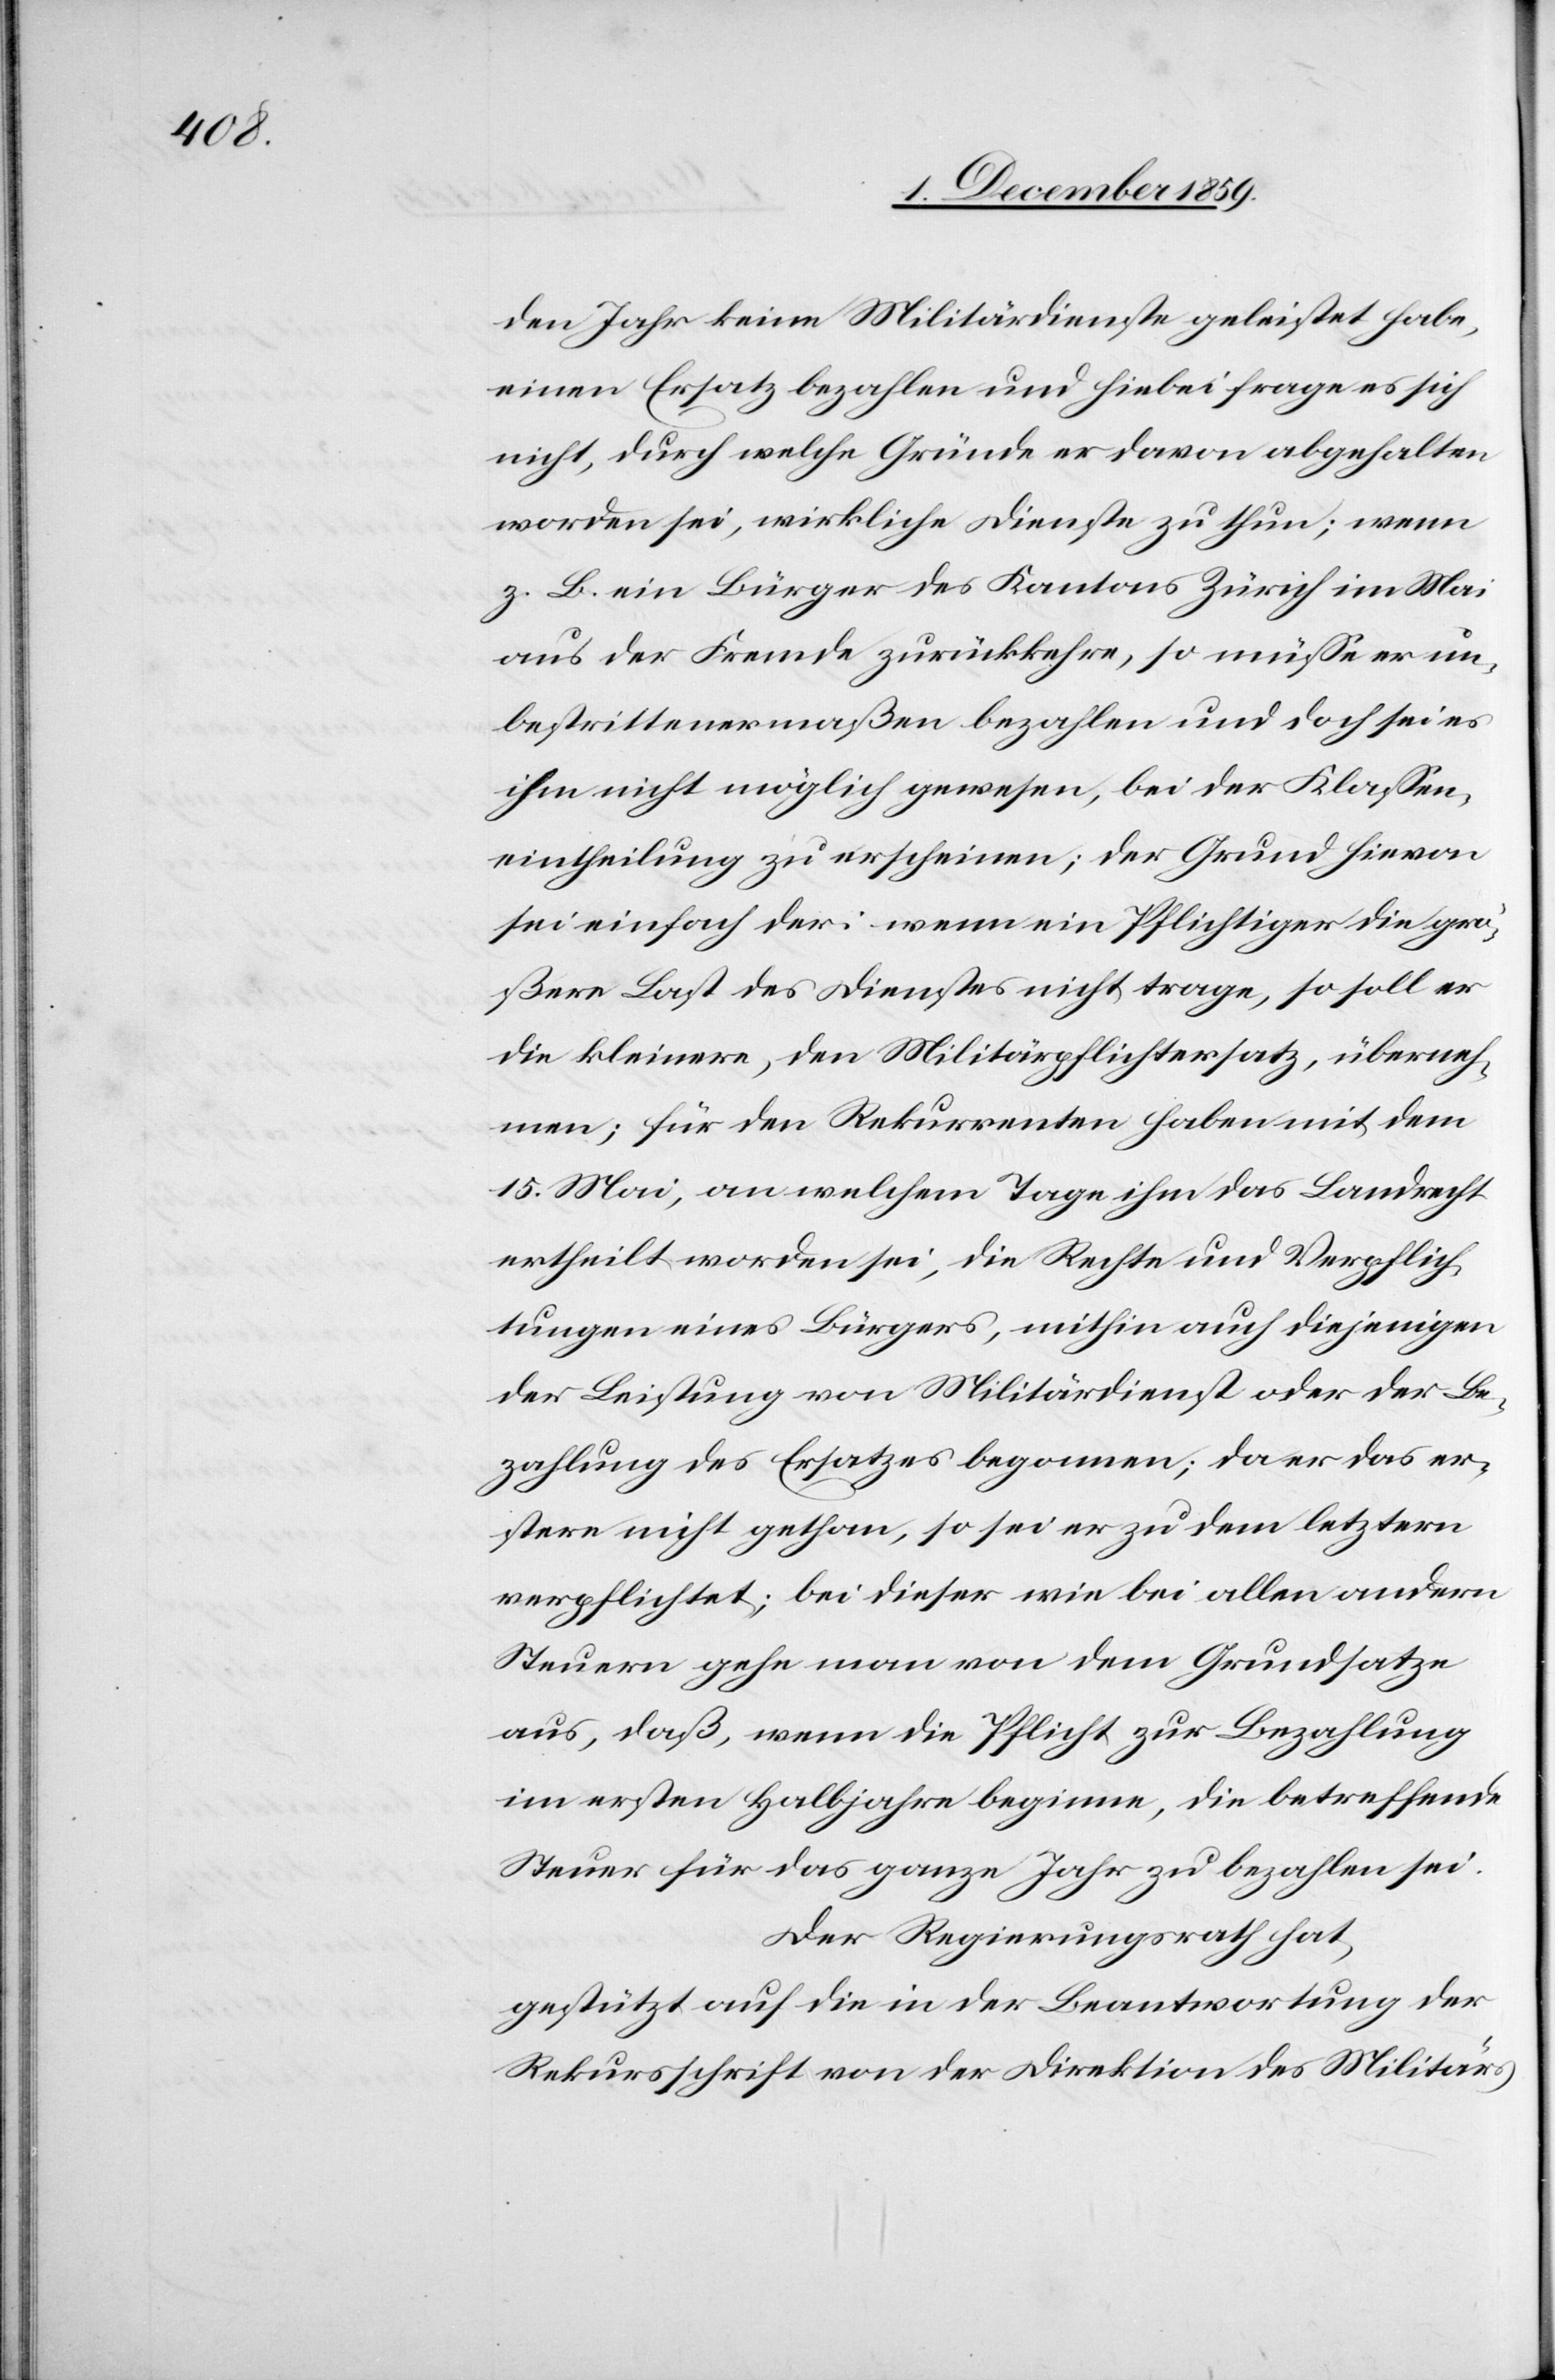
den Jahr keine Militärdienste geleistet habe,
einen Ersatz bezahlen und hiebei frage es sich
nicht, durch welche Gründe er davon abgehalten
worden sei, wirkliche Dienste zu thun; wenn
z. B. ein Bürger des Kantons Zürich im Mai
aus der Fremde zurückkehre, so müsse er un¬
bestrittenermaßen bezahlen und doch sei es
ihm nicht möglich gewesen, bei der Klassen¬
eintheilung zu erscheinen; der Grund hievon
sei einfach der: wenn ein Pflichtiger die grö¬
ßere Last der Dienstes nicht trage, so soll er
die kleinere, den Militärpflichtersatz überneh¬
men; für den Rekurrenten haben mit dem
15. Mai, an welchem Tage ihm das Landrecht
ertheilt worden sei, die Rechte und Verpflich¬
tungen eines Bürger, mithin auch diejenigen
der Leistung von Militärdienst oder der Be¬
zahlung des Ersatzes begonnen; da er das er¬
stere nicht gethan, so sei er zu dem letztern
verpflichtet; bei dieser wie bei allen andern
Steuern gehe man von dem Grundsatze
aus, daß, wenn die Pflicht zur Bezahlung
im ersten Halbjahre beginne, die betreffende
Steuer für das ganze Jahr zu bezahlen sei.
Der Regierungsrath hat,
gestützt auf die in der Beantwortung der
Rekursschrift von der Direktion des Militärs